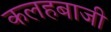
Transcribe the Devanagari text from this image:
कलहबाजी